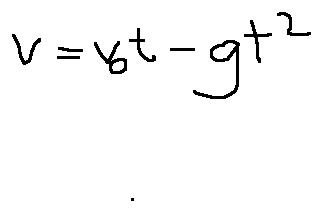
v = v _ { 0 } t - g t ^ { 2 }